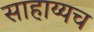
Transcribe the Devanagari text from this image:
साहाय्यच